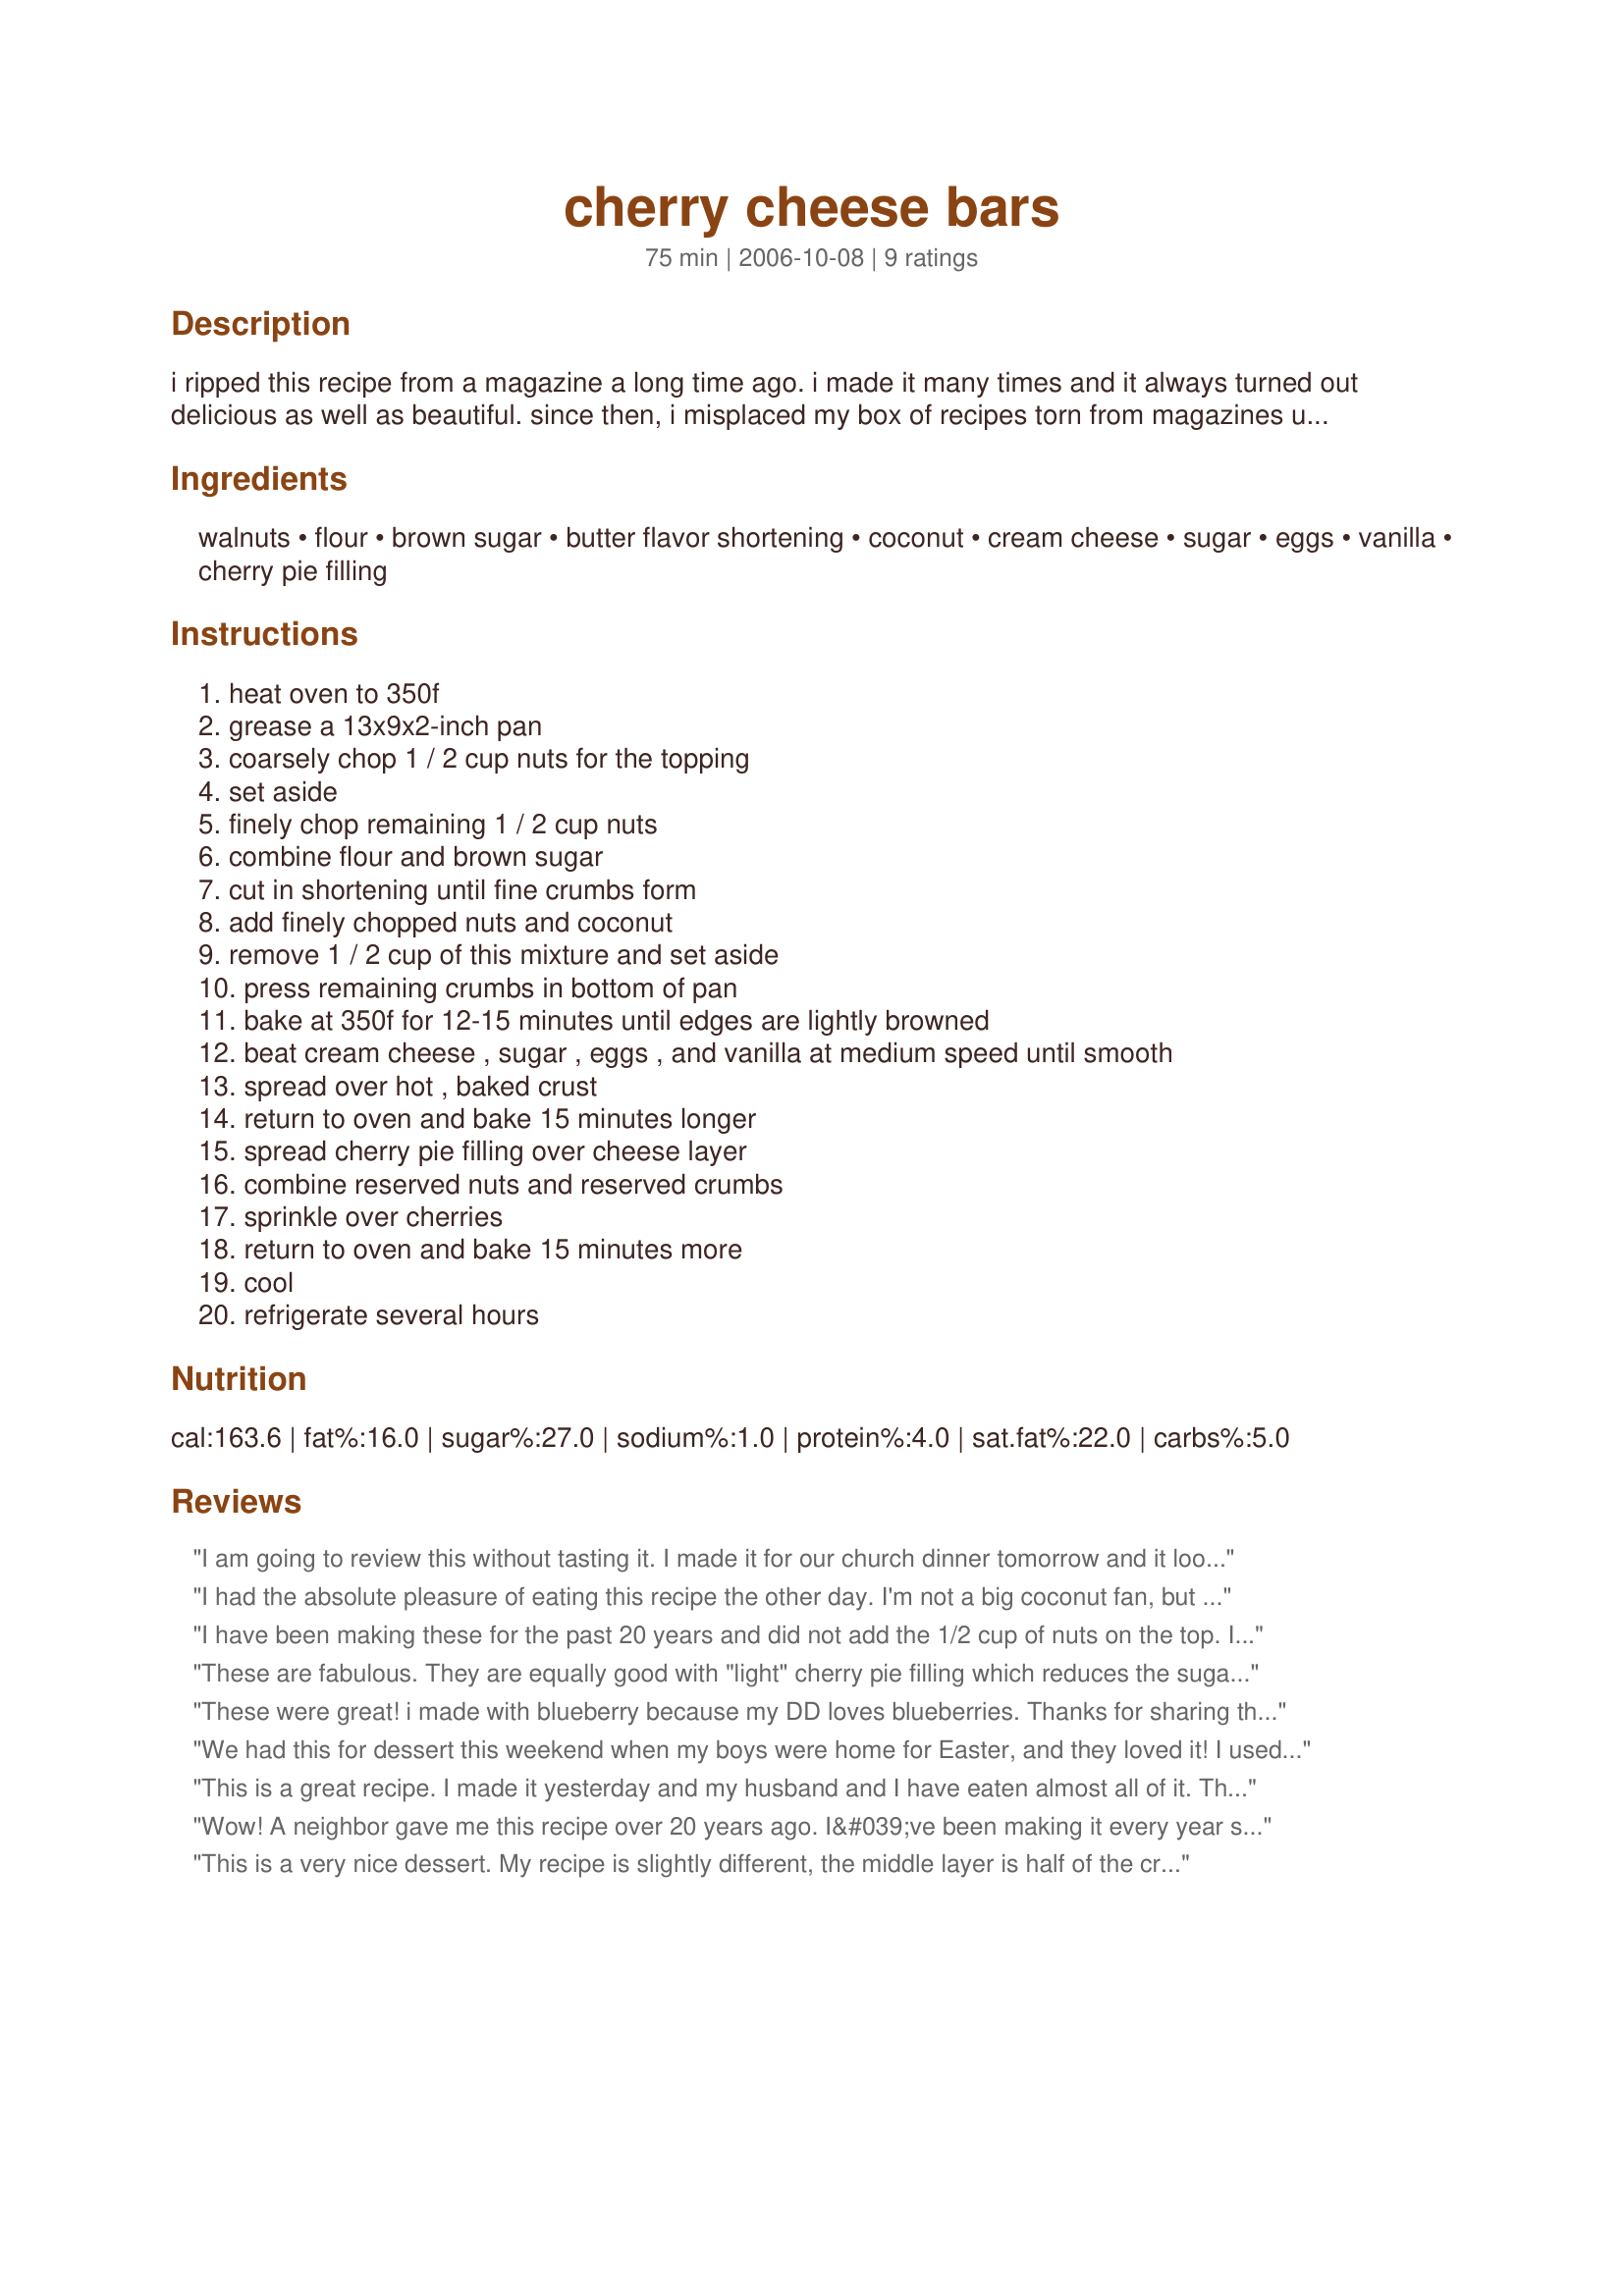
cherry cheese bars
Preparation time: 75 minutes

i ripped this recipe from a magazine a long time ago. i made it many times and it always turned out delicious as well as beautiful. since then, i misplaced my box of recipes torn from magazines until the other day. i had previously tried to find this recipe on zaar, but couldn't so i was happy to find the clipping so now i can share the recipe with all of you. since the layers are baked separately, the cook time and the prep time overlap somewhat. prep time does not include refrigeration time. i have used low-fat cream cheese and it turns out just as good. enjoy!

Ingredients:
walnuts, flour, brown sugar, butter flavor shortening, coconut, cream cheese, sugar, eggs, vanilla, cherry pie filling

Steps:
heat oven to 350f, grease a 13x9x2-inch pan, coarsely chop 1 / 2 cup nuts for the topping, set aside, finely chop remaining 1 / 2 cup nuts, combine flour and brown sugar, cut in shortening until fine crumbs form, add finely chopped nuts and coconut, remove 1 / 2 cup of this mixture and set aside, press remaining crumbs in bottom of pan, bake at 350f for 12-15 minutes until edges are lightly browned, beat cream cheese , sugar , eggs , and vanilla at medium speed until smooth, spread over hot , baked crust, return to oven and bake 15 minutes longer, spread cherry pie filling over cheese layer, combine reserved nuts and reserved crumbs, sprinkle over cherries, return to oven and bake 15 minutes more, cool, refrigerate several hours

Reviews:
I am going to review this without tasting it. I made it for our church dinner tomorrow and it looked beautiful coming out of the oven. I can just taste it by looking so I know it is gonna be a big hit. Thanks for a wonderful recipe
I had the absolute pleasure of eating this recipe the other day. I'm not a big coconut fan, but fortunately that was left out. I don't know much of what to say other than it's really good and better than I expected.
I have been making these for the past 20 years and did not add the 1/2 cup of nuts on the top. I guess I never really read the recipe right before. They were always a hit. Now I&#039;m going to make them right and see if anybody notices. Thanks for the info
These are fabulous. They are equally good with "light" cherry pie filling which reduces the sugar & calories. The nutrition information for this recipe is calculated on 36 bars - no way anybody could only eat 1/36th of this pan! I cut mine into about 18 servings. Serve on a plate and eat with a fork - even though this is called "bars" it's a little messy to be finger food. (although with smaller bars it IS possible, I've just discovered!)
These were great! 
i made with blueberry because my DD loves blueberries. Thanks for sharing this easy, yummy dessert recipe! Made for Pick a Chef Sring 2009
We had this for dessert this weekend when my boys were home for Easter, and they loved it! I used the lower fat cream cheese, and it was so delicious! Thanks Chef Schellies! Hazeleyes
This is a great recipe. I made it yesterday and my husband and I have eaten almost all of it. The crust is awesome and for those reviewers who said they don't like coconut, the crust is such a different one from others and you know it's special but you won't even know the coconut is in there, unless you put more in it next time like I intend to try. I love, love, love this!
Wow! A neighbor gave me this recipe over 20 years ago. I&#039;ve been making it every year since. It&#039;s always a hit. I use full butter, no shortening.
This is a very nice dessert. My recipe is slightly different, the middle layer is half of the cream cheese, half of the sugar, half of the eggs, and half of the vanilla. I have used the lowest fat cream cheese and it is fine. It is attractive and generally I have the ingredients on hand which means a lot to mean-who wants to make a special trip to the store when you leave 16 miles away? I have also used different pie fillings.
